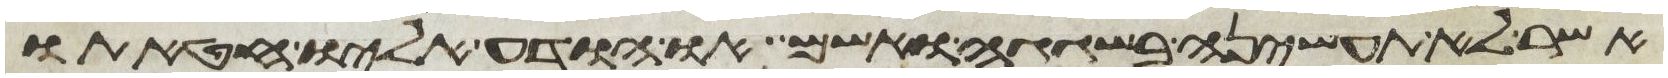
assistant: אשר לא תעשיהן בשגגה ואשם או הודע אליו חטאתו